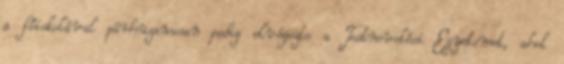
a főiskolával párhuzamosan pedig elvégezte a Testnevelési Egyetemet, ahol